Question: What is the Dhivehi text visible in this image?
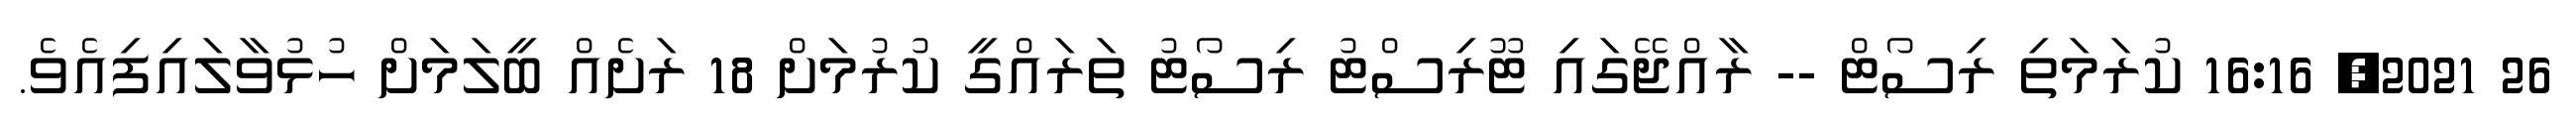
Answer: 26 2021, 16:16 ކުރަމަތި ރިސޯޓް -- ރާއްޖޭގައި ޓޫރިސްޓު ރިސޯޓު ތަރައްގީ ކުރުމަށް 18 ރަށެއް ބީލަމަށް ހުޅުވާލައިފިއެވެ.